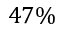
4 7 \%